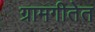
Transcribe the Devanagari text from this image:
ग्रामगीतेत